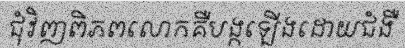
ជុំវិញពិភពលោកគឺបង្កឡើងដោយជំងឺ